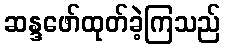
ဆန္ဒဖော်ထုတ်ခဲ့ကြသည်